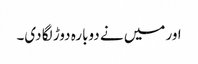
اور میں نے دوبارہ دوڑ لگا دی۔